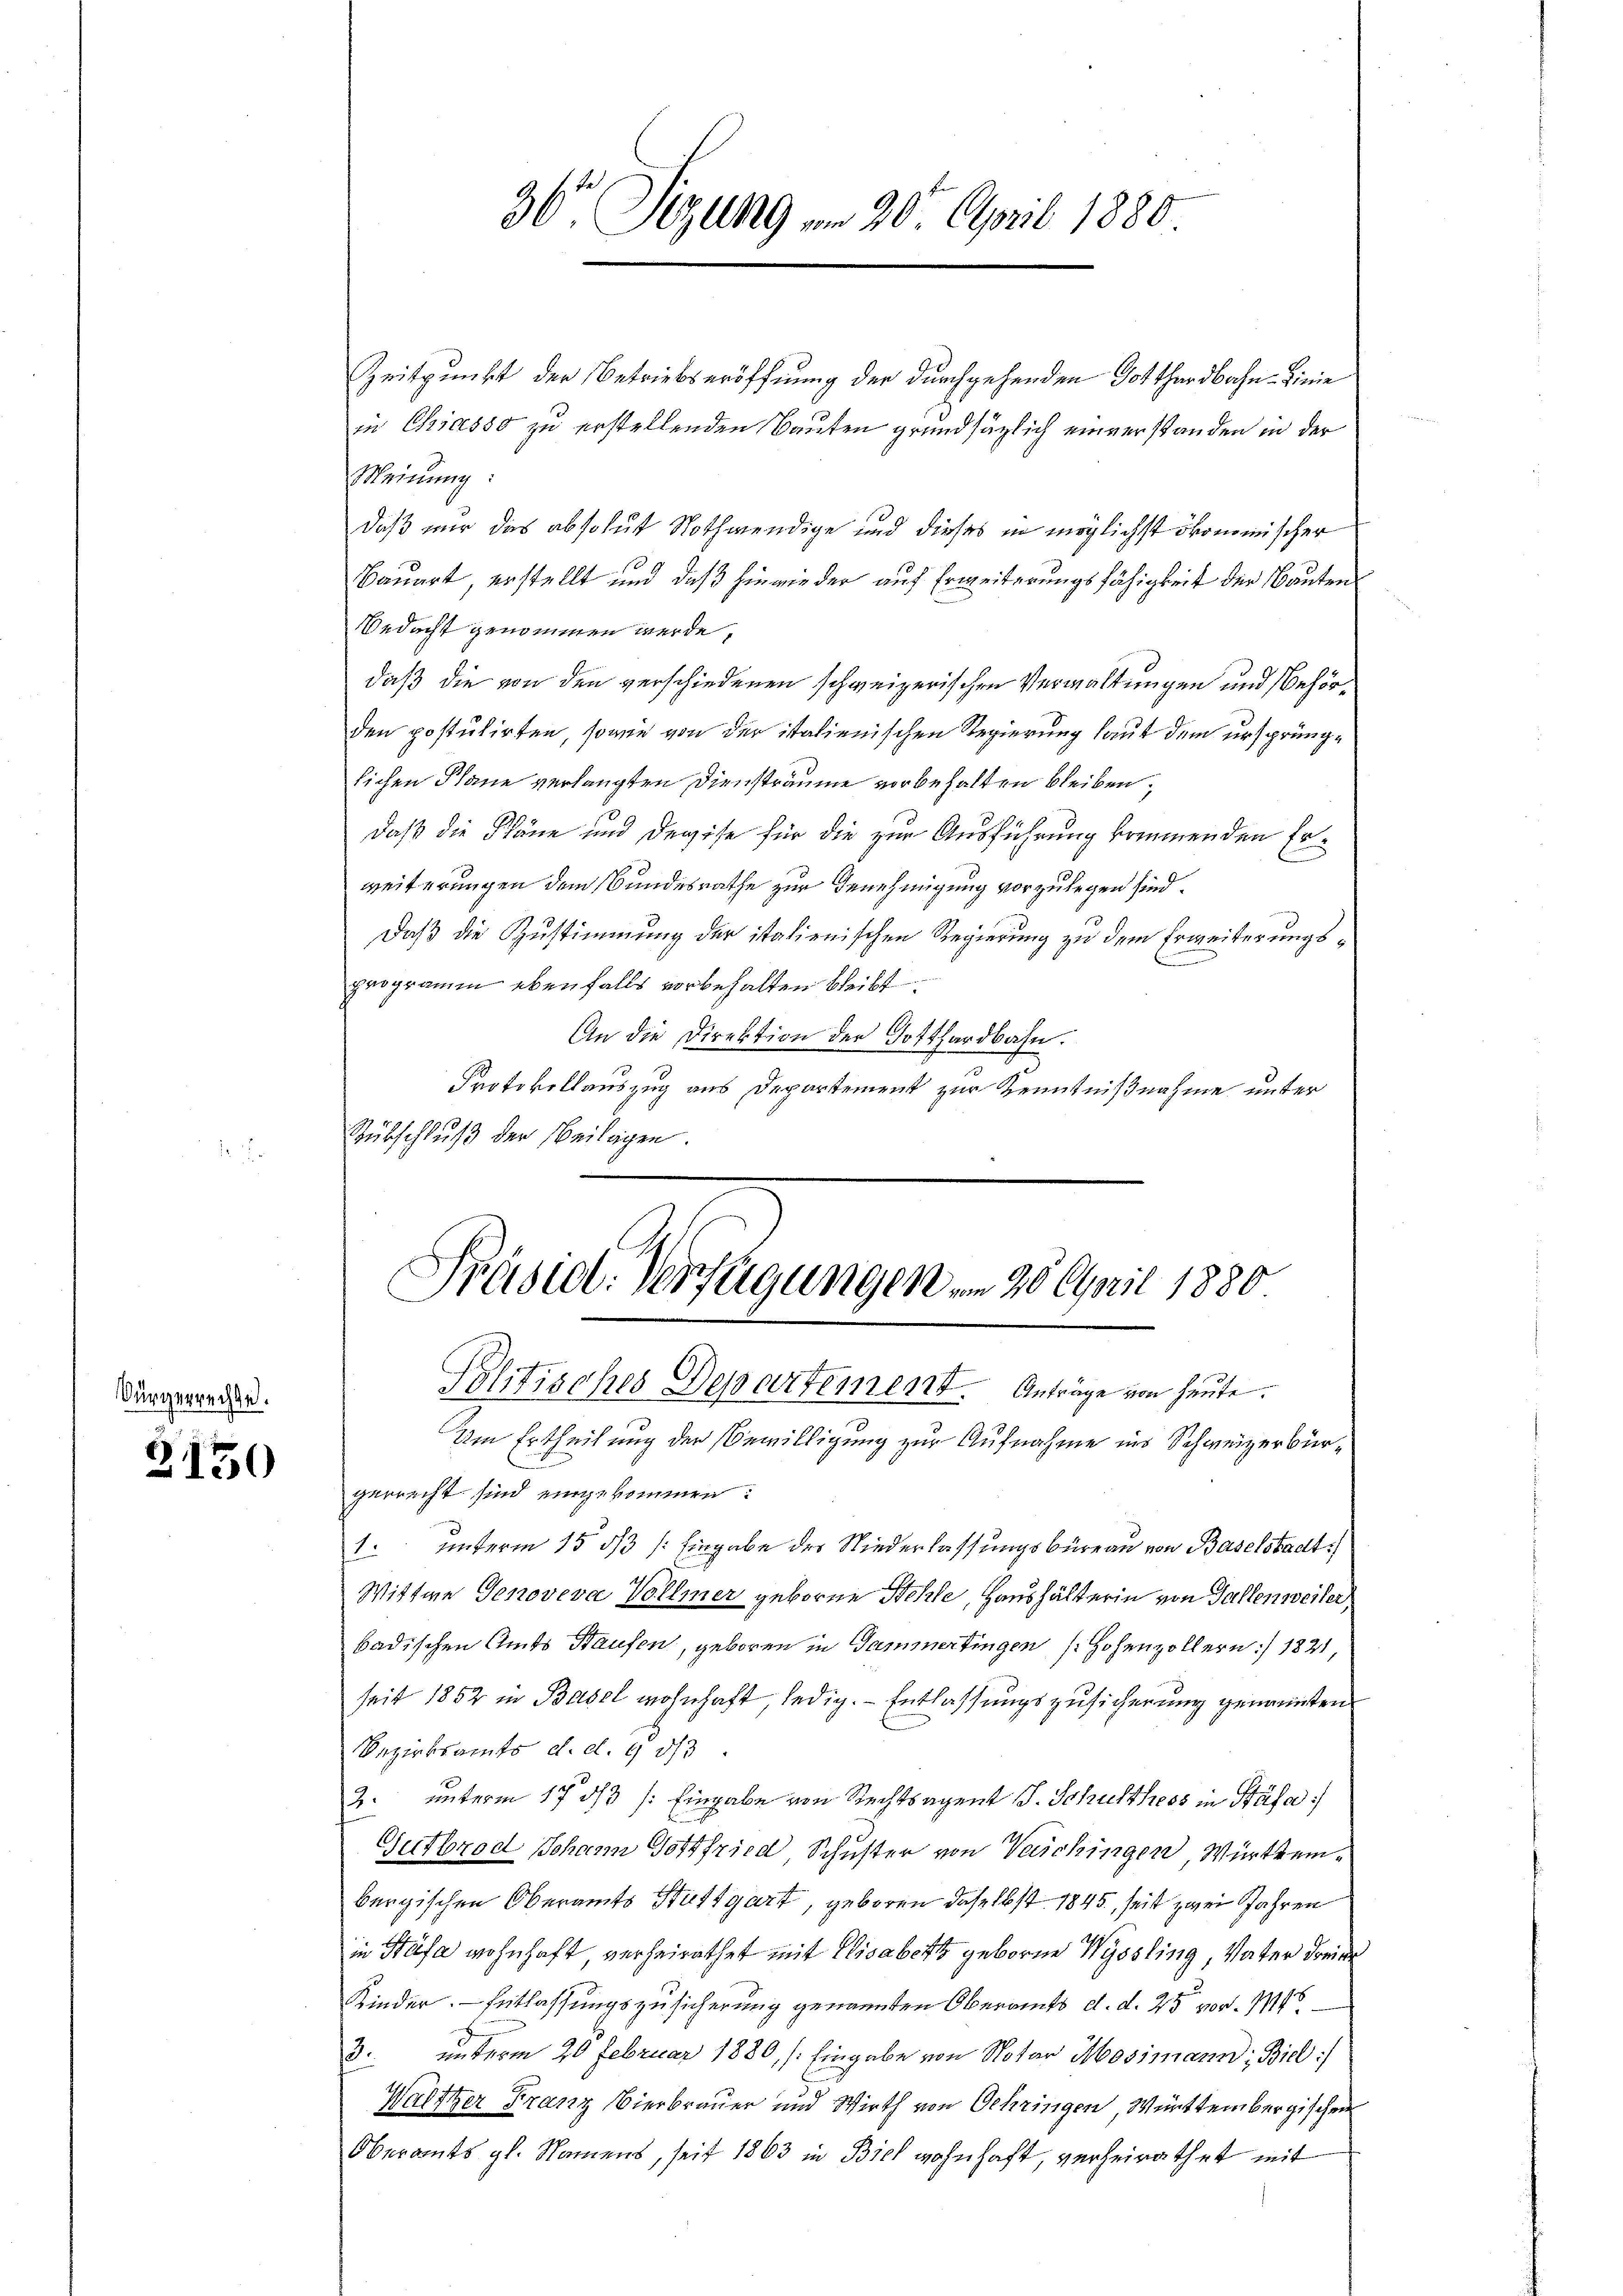
Bürgerrechte.

3150

36 Sizung vom 20. April 1880.

Zeitpunkt der Betriebseröffnung der durchgehenden Gotthardbahn-Linie
in Chiasso zu erstellenden Bauten grundsätzlich einverstanden in der
Meinung:
daß nur das absolut Nothwendige und dieses in möglichst ökonomischer
Bauart, erstellt und daß hinwieder auf Erweiterungsfähigkeit der Bauten
Bedacht genommen werde,
daß die von den verschiedenen schweizerischen Verwaltungen und Behörden postulirten, sowie von der italienischen Regierung laut dem ursprünglichen Pläne verlangten Diensträume vorbehalten bleiben;
daß die Pläne und Devise für die zur Ausführung kommenden Erweiterungen dem Bundesrathe zur Benehmigung vorzulegen sind.
Daß die Zustimmung der italienischen Regierung zu dem Erweiterungsprogramm ebenfalls vorbehalten bleibt.
An die Direktion der Gotthardbahn.
Protokollauszug aus Departement zur Kenntnißnahme unter
Rübschluß der Beilagen.

Präsidl. Verfügungen vom 26. April 1880
Politisches Departement. Anträge von heute.

Im Ertheilung der Bewilligung zur Aufnahme ins Schweizerbürgerrecht sind eingekommen:
1. unterm 15 1/3 /: Eingabe der Niederlassungsbüreau von Baselstadt
Wittwe Genoveva Vollmer geborne Stehle, Haushälterin von Gallenweiler
badischen Amts Haufen, geboren in Sammertingen Hohenzollern :/ 1821
seit 1852 in Basel wohnhaft, ledig. Entlassungszusicherung genannten
Bezirksamts d. d. 9. ds.
2. unterm 17 1/3 /: Eingabe von Rechtsagent J. Schulthess in Stäfa)
Gutbrod Johann Gottfried, Schuster von Waschingen, Württembergischen Oberamts Stuttgart, geboren das Obst 1845, seit zwei Jahren
in Stäfa wohnhaft verheirathet mit Elisabett geborene Wyssling, Vater dreier
Kinder. - Entlassungszusicherung genannten Oberamts d. d. 25 vor. M
3. unterm 20 Februar 1880, [Eingabe von Notar Mosimann; Biel
Waltzer Franz Vierbrauer und Wirth von Gehringen, Württembergischen
Oberamts gl. Namens, seit 1863 in Biel wohnhaft, verheirathet mit